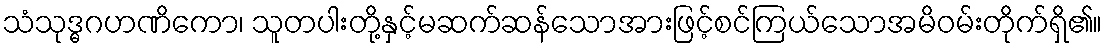
သံသုဒ္ဓဂဟဏိကော၊ သူတပါးတို့နှင့်မဆက်ဆန်သောအားဖြင့်စင်ကြယ်သောအမိဝမ်းတိုက်ရှိ၏။